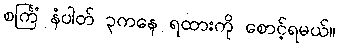
စင်္ကြံ နံပါတ် ၃ကနေ ရထားကို စောင့်ရမယ်။